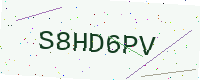
Text: S8HD6PV